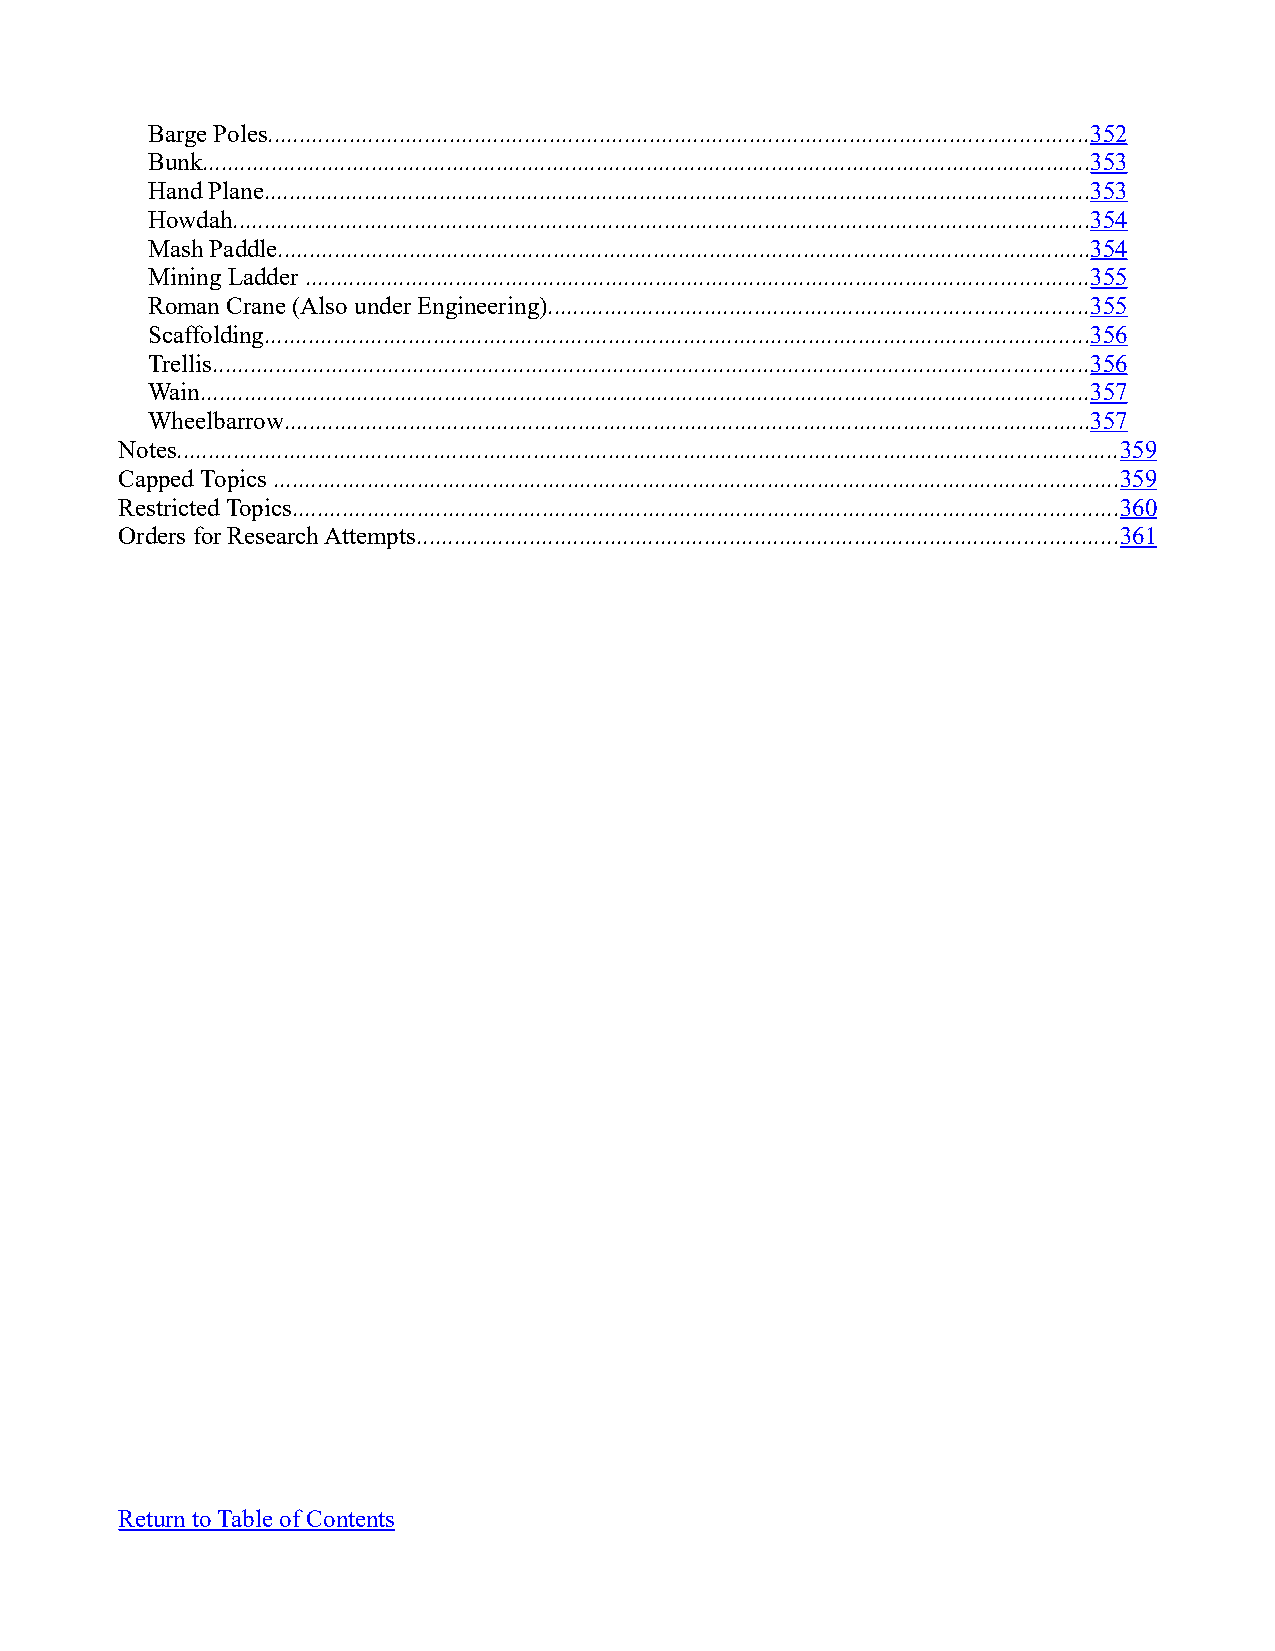
Barge Poles...................................................................................................................................352
 Bunk..............................................................................................................................................353
 Hand Plane....................................................................................................................................353
 Howdah.........................................................................................................................................354
 Mash Paddle..................................................................................................................................354
 Mining Ladder .............................................................................................................................355
 Roman Crane (Also under Engineering)......................................................................................355
 Scaffolding....................................................................................................................................356
 Trellis............................................................................................................................................356
 Wain..............................................................................................................................................357
 Wheelbarrow.................................................................................................................................357
 Notes......................................................................................................................................................359
 Capped Topics .......................................................................................................................................359
 Restricted Topics....................................................................................................................................360
 Orders for Research Attempts................................................................................................................361
 Return to Table of Contents